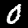
Digit: 0